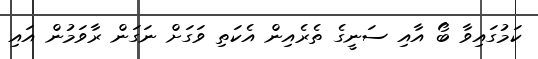
ކަމުގައިވާ ބޯ އާއި ސަނީގެ ތެރެއިން އެކަތި ވަގަށް ނަގަން ރާވަމުން އައި